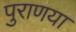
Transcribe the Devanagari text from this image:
पुराणया